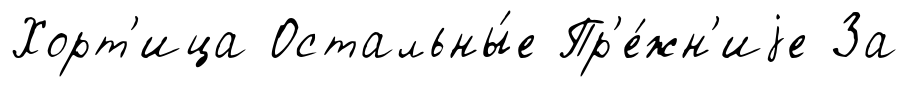
Хорт'ица Остальны́е Пр'е́жн'иjе За